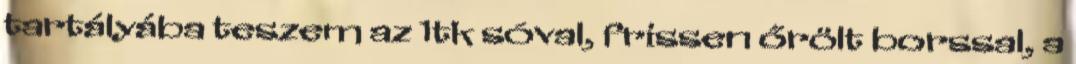
tartályába teszem az 1tk sóval, frissen őrölt borssal, a